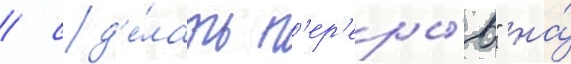
/ сд'е́лать п'ер'еры́в" на́